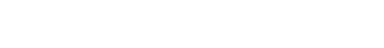
ဝက်ချ်က ထပ်လောင်းပြောဆိုသွားခဲ့ပါသေးတယ်။